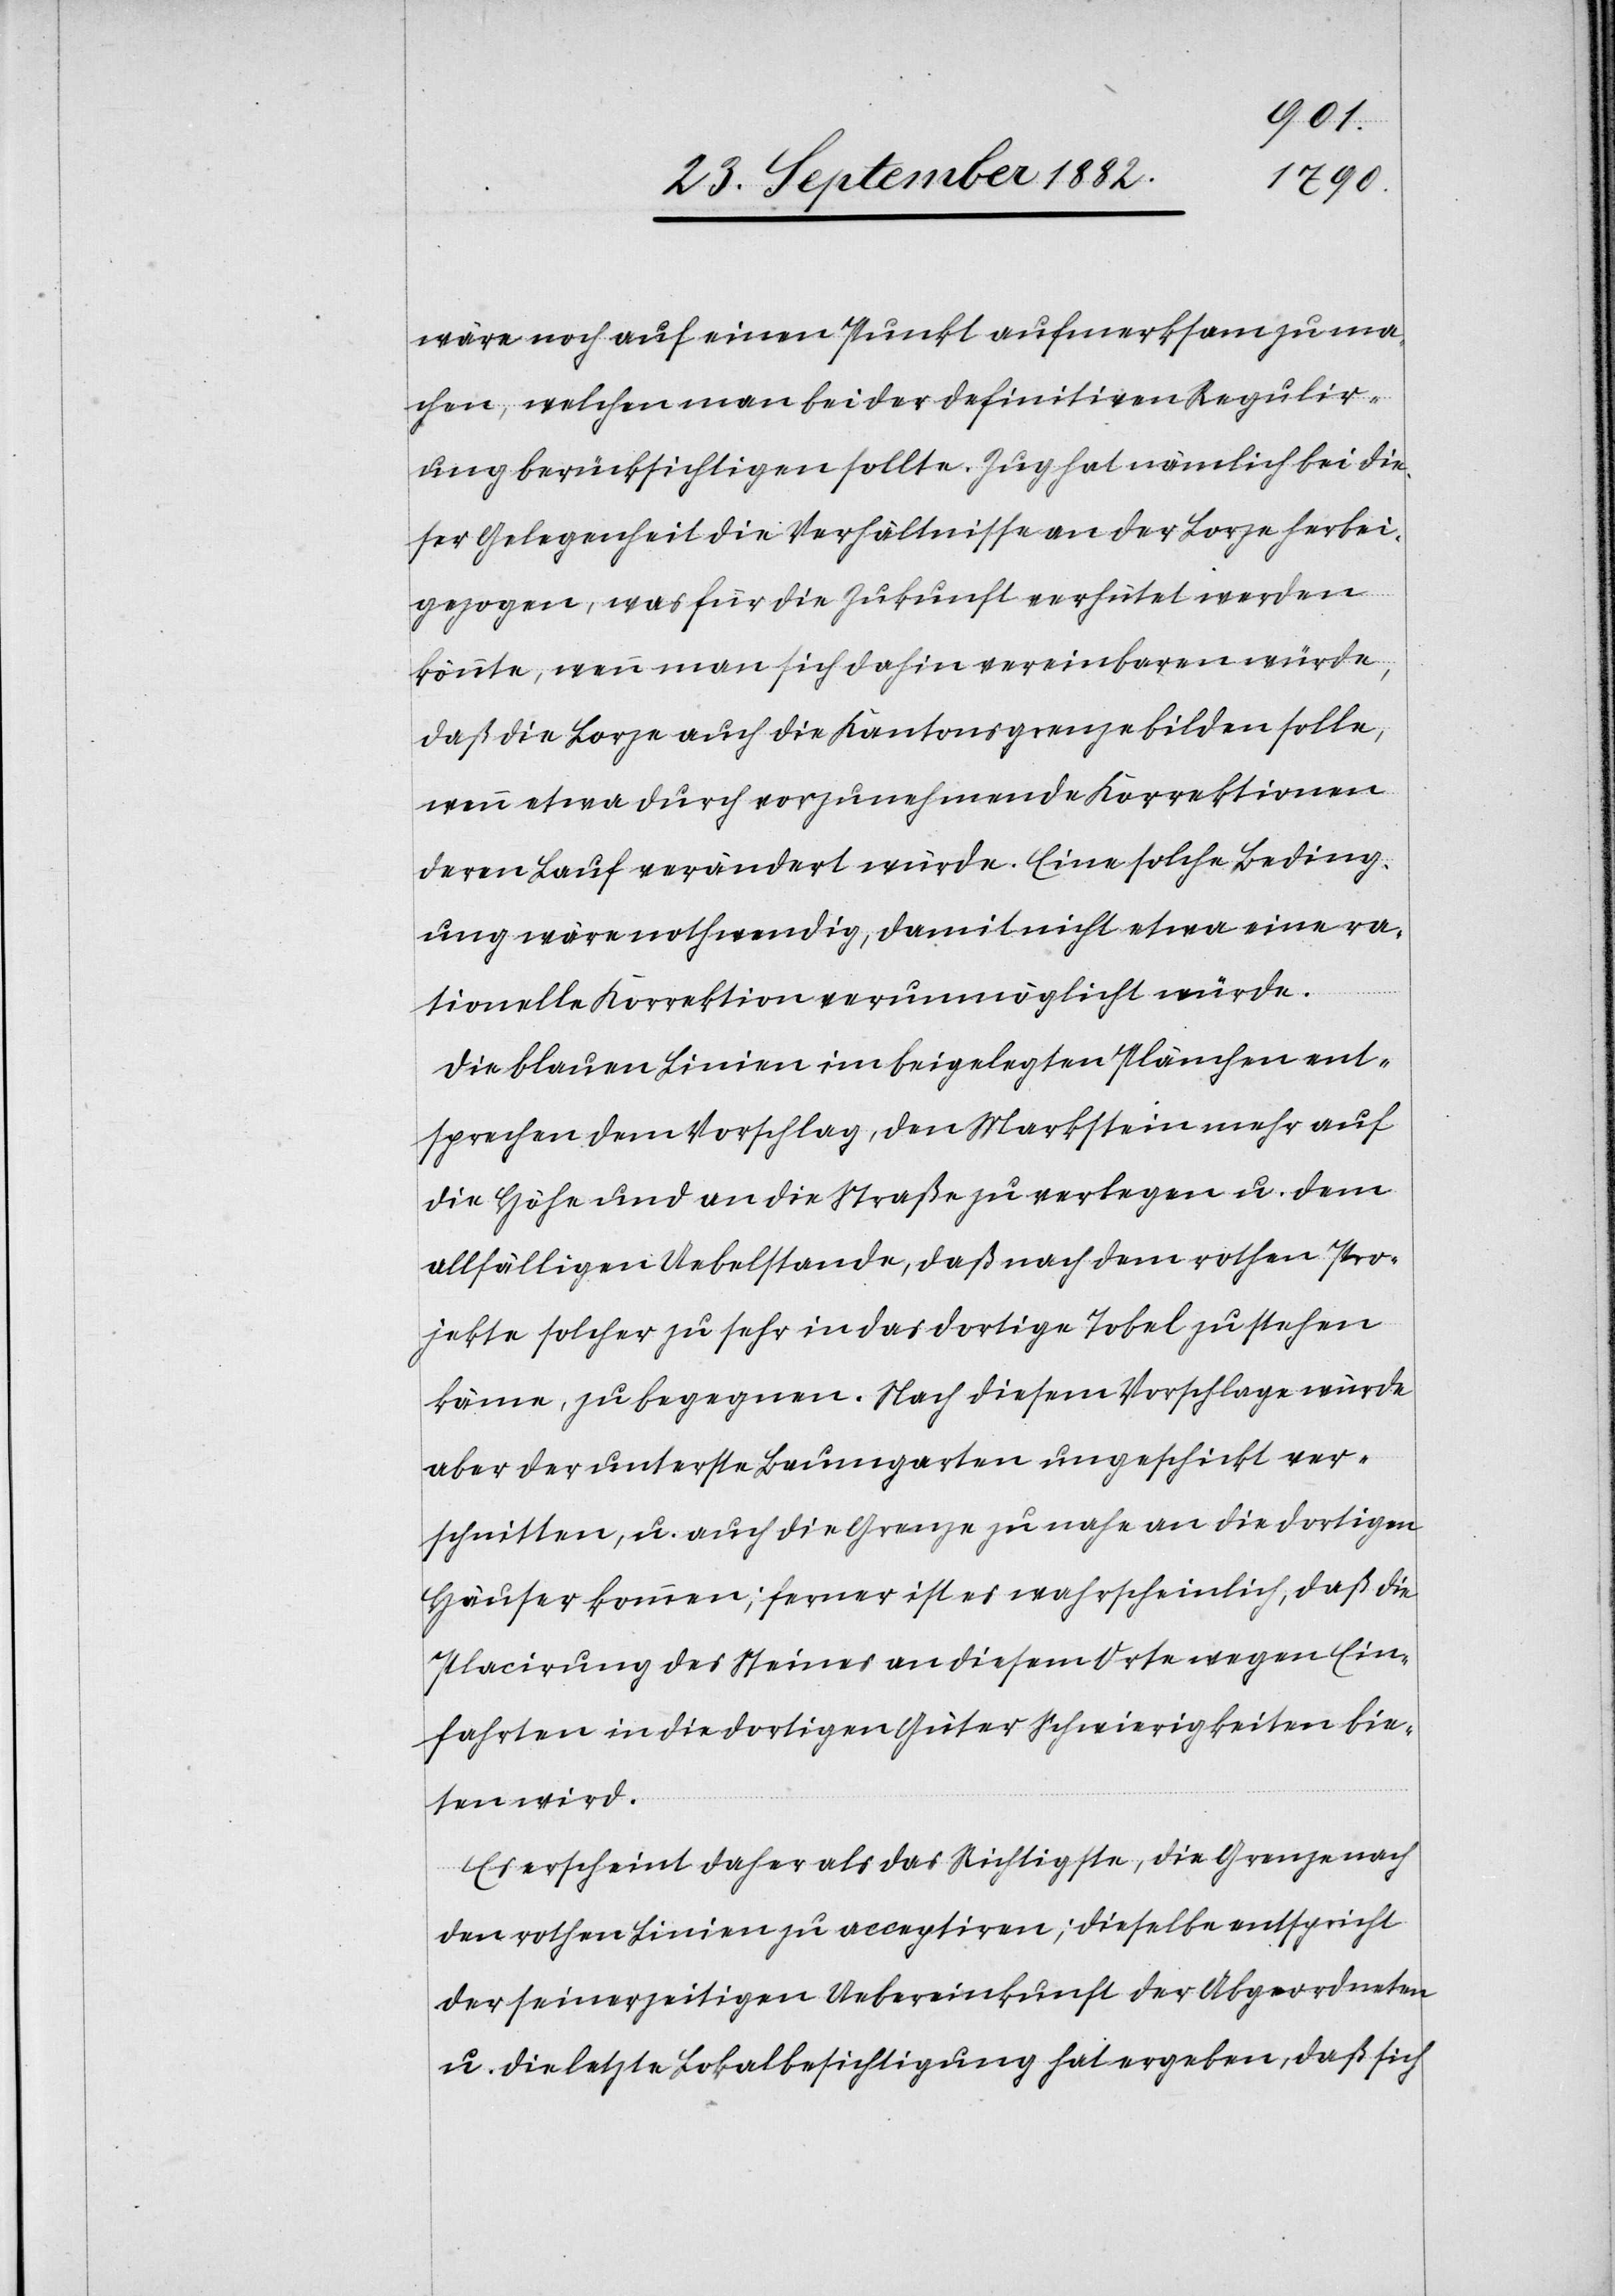
wäre noch auf einen Punkt aufmerksam zu ma¬
chen, welchen man bei der definitiven Regulir¬
ung berücksichtigen sollte. Zug hat nämlich bei die¬
ser Gelegenheit die Verhältnisse an der Lorze herbei¬
gezogen, was für die Zukunft verhütet werden
könnte, wenn man sich dahin vereinbaren würde,
daß die Lorze auch die Kantonsgrenze bilden solle,
wenn etwa durch vorzunehmende Korrektionen
deren Lauf verändert würde. Eine solche Beding¬
ung wäre nothwendig, damit nicht etwa eine ra¬
tionelle Korrektion verunmöglicht würde.
Die blauen Linien im beigelegten Plänchen ent¬
sprechen dem Vorschlag, den Markstein mehr auf
die Höhe und an die Straße zu verlegen u. dem
allfälligen Uebelstande, daß nach dem rothen Pro¬
jekte solcher zu sehr in das dortige Tobel zu stehen
käme, zu begegnen. Nach diesem Vorschlage würde
aber der unterste Baumgarten ungeschickt ver¬
schnitten, u. auch die Grenze zu nahe an die dortigen
Häuser kommen; ferner ist es wahrscheinlich, daß die
Placirung des Steines an diesem Orte wegen Ein¬
fahrten in die dortigen Güter Schwierigkeiten bie¬
ten wird.
Es erscheint daher als das Richtigste, die Grenze nach
den rothen Linien zu acceptiren; dieselbe entspricht
der seinerzeitigen Uebereinkunft der Abgeordneten
u. die letzte Lokalbesichtigung hat ergeben, daß sich